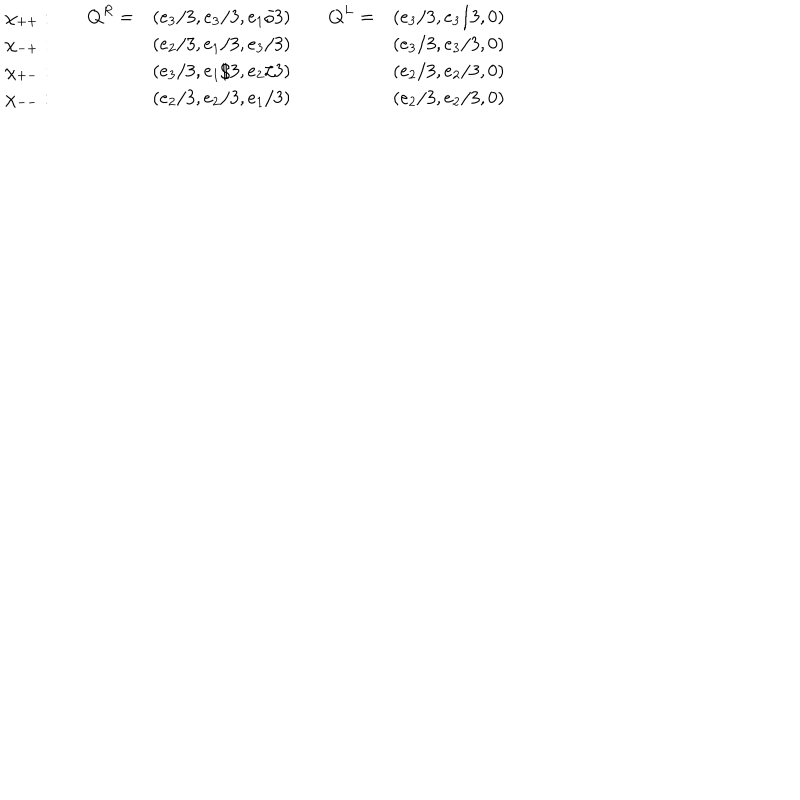
\begin{array} { c c c c c } { { \chi _ { + + } : \quad } } & { { { \bf Q } ^ { R } = } } & { { ( e _ { 3 } / 3 , e _ { 3 } / 3 , e _ { 1 } / 3 ) \quad } } & { { { \bf Q } ^ { L } = } } & { { ( e _ { 3 } / 3 , e _ { 3 } / 3 , 0 ) } } \\ { { \chi _ { - + } : \quad } } & { { } } & { { ( e _ { 2 } / 3 , e _ { 1 } / 3 , e _ { 3 } / 3 ) \quad } } & { { } } & { { ( e _ { 3 } / 3 , e _ { 3 } / 3 , 0 ) } } \\ { { \chi _ { + - } : \quad } } & { { } } & { { ( e _ { 3 } / 3 , e _ { 1 } / 3 , e _ { 2 } / 3 ) \quad } } & { { } } & { { ( e _ { 2 } / 3 , e _ { 2 } / 3 , 0 ) } } \\ { { \chi _ { -- } : \quad } } & { { } } & { { ( e _ { 2 } / 3 , e _ { 2 } / 3 , e _ { 1 } / 3 ) \quad } } & { { } } & { { ( e _ { 2 } / 3 , e _ { 2 } / 3 , 0 ) } } \\ \end{array}